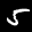
Label: 5